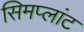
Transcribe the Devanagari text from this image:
सिमप्लांट